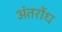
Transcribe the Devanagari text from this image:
अंतर्रोध